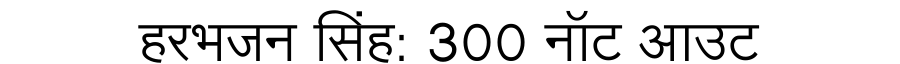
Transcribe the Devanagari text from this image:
हरभजन सिंह: 300 नॉट आउट